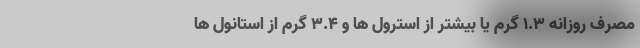
مصرف روزانه 1.3 گرم یا بیشتر از استرول ها و 3.4 گرم از استانول ها